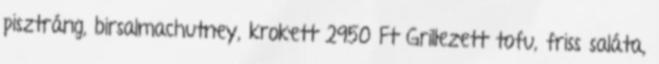
pisztráng, birsalmachutney, krokett 2950 Ft Grillezett tofu, friss saláta,